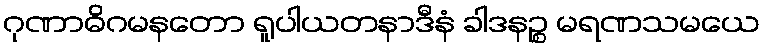
ဂုဏာဓိဂမနတော ရူပါယတနာဒီနံ ခါဒနဉ္စ မရဏသမယေ